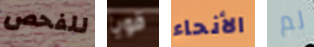
للفحص قويا الأنحاء لم